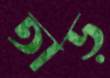
তাড়